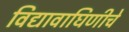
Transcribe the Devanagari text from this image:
विद्यावाघिणीचे